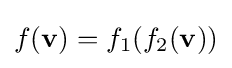
f(\mathbf {v} )=f_{1}(f_{2}(\mathbf {v} ))